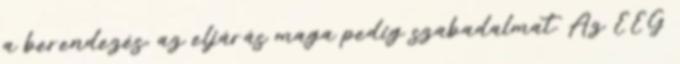
a berendezés, az eljárás maga pedig szabadalmat. Az EEG